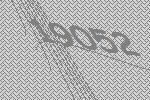
19052